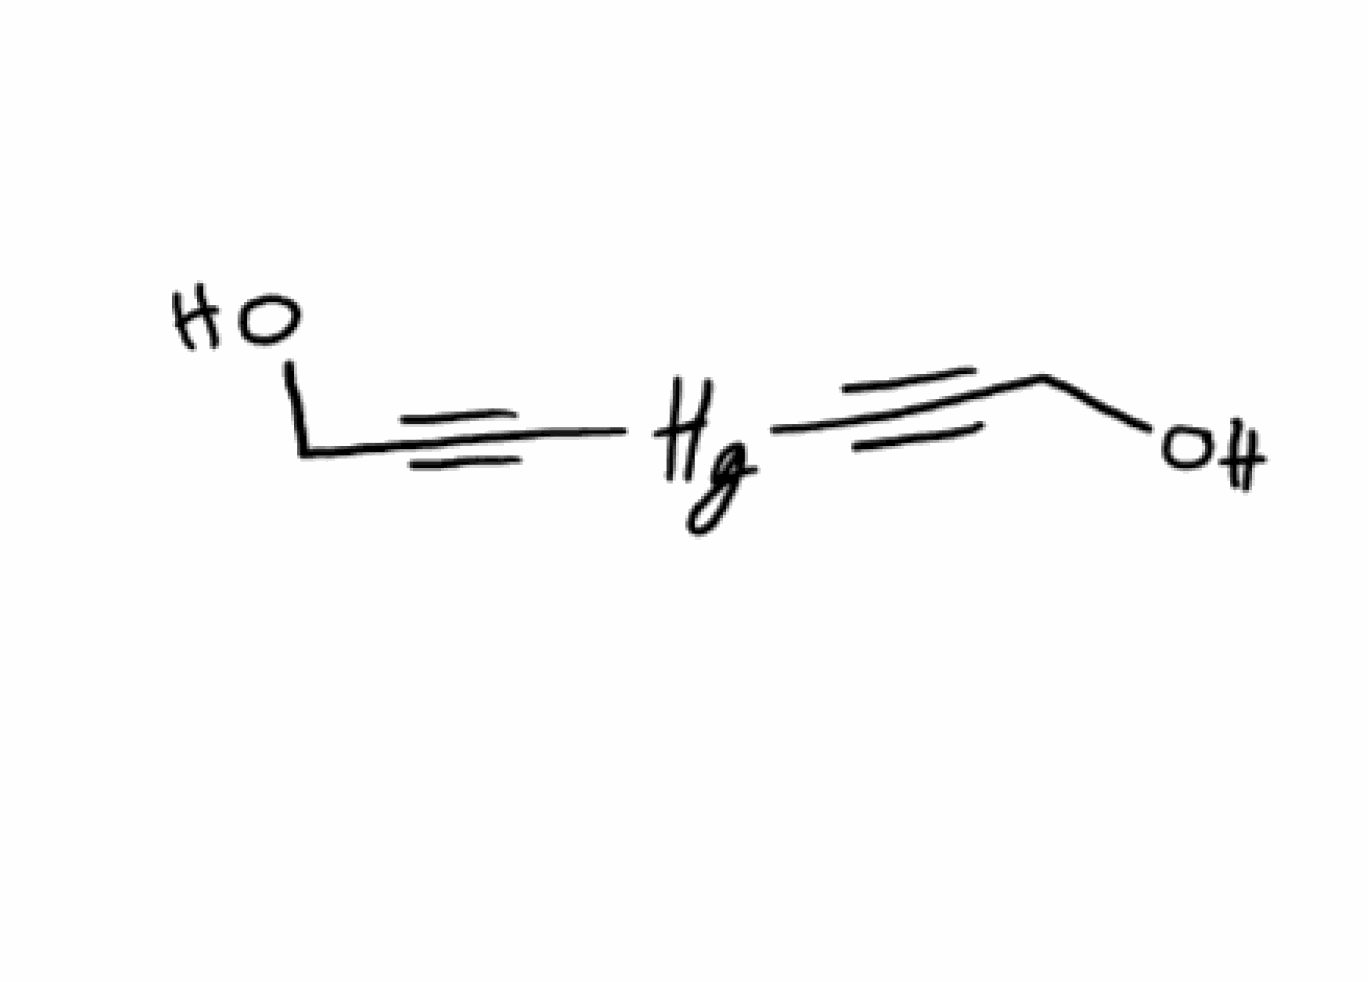
Simplified molecular-input line-entry system (SMILES) notation of the given molecule:
C(C#C[Hg]C#CCO)O